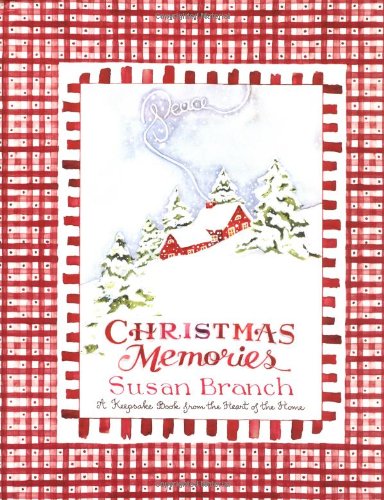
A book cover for Christmas Memories: A Keepsake Book from the Heart of the Home; Susan Branch; Cookbooks, Food & Wine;